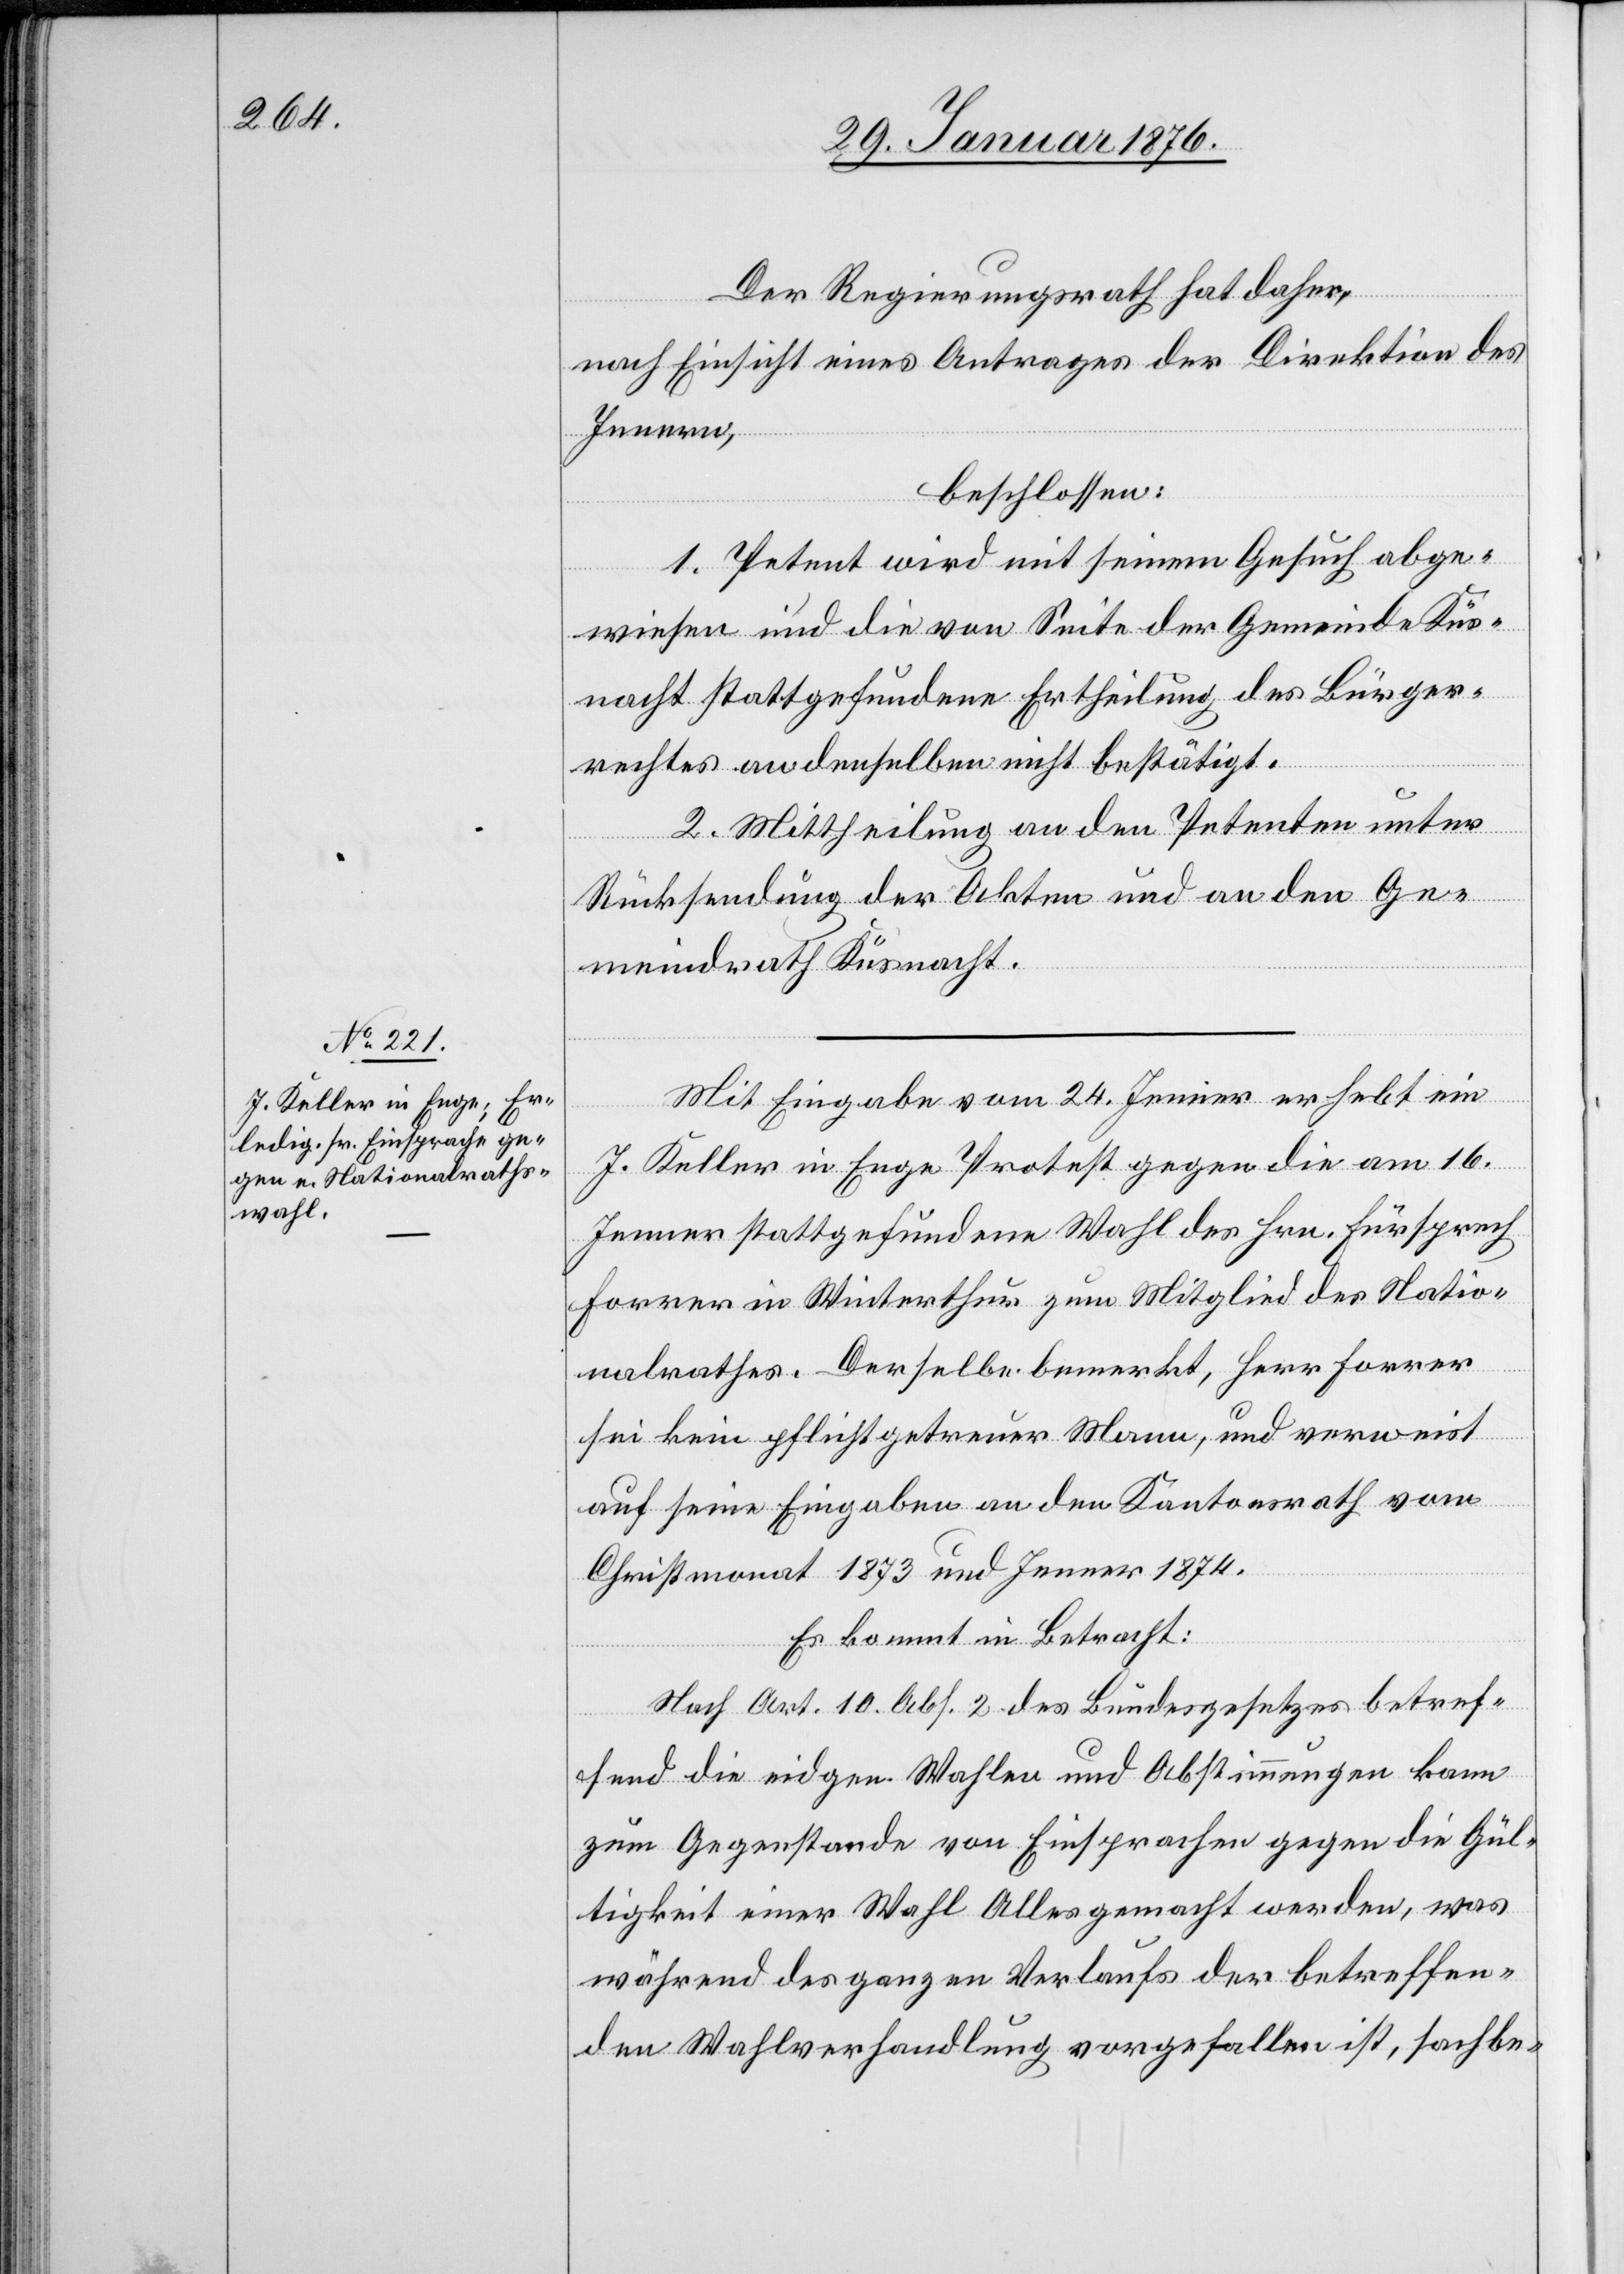
Der Regierungsrath hat daher,
nach Einsicht eines Antrages der Direktion des
Innern,
beschlossen:
1. Petent wird mit seinem Gesuch abge¬
wiesen und die von Seite der Gemeinde Küs¬
nacht stattgefundene Ertheilung des Bürger¬
rechtes an denselben bestätigt.
2. Mittheilung an den Petenten unter
Rücksendung der Akten und an den Ge¬
meindrath Küsnacht.
Mit Eingabe vom 24. Jenner erhebt ein
J. Keller in Enge Protest gegen die am 16.
Jenner stattgefundene Wahl des Hrn. Fürsprech
Forrer in Winterthur zum Mitglied des Natio¬
nalrathes. Derselbe bemerkt, Herr Forrer
sei kein pflichtgetreuer Mann, und verweist
auf seine Eingaben an den Kantonsrath vom
Christmonat 1873 und Jenner 1874.
Es kommt in Betracht:
Nach Art. 10 Abs. 2 des Bundesgesetzes betref¬
fend die eidgen. Wahlen und Abstimmungen kann
zum Gegenstand von Einsprachen gegen die Gül¬
tigkeit einer Wahl Alles gemacht werden, was
während des ganzen Verlaufs der betreffen¬
den Wahlverhandlung vorgefallen ist, sachbe-